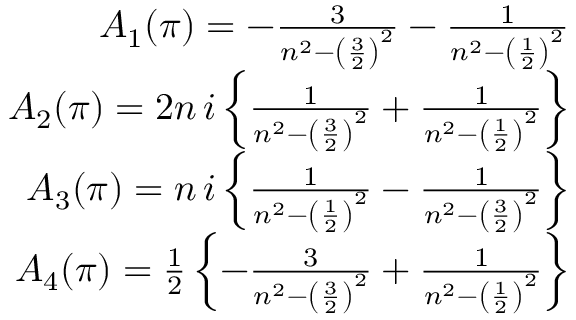
\begin{array} { r l r } & { } & { A _ { 1 } ( \pi ) = - { \frac { 3 } { n ^ { 2 } - \left( { \frac { 3 } { 2 } } \right) ^ { 2 } } } - { \frac { 1 } { n ^ { 2 } - \left( { \frac { 1 } { 2 } } \right) ^ { 2 } } } } \\ & { } & { A _ { 2 } ( \pi ) = 2 n \, i \left\{ { \frac { 1 } { n ^ { 2 } - \left( { \frac { 3 } { 2 } } \right) ^ { 2 } } } + { \frac { 1 } { n ^ { 2 } - \left( { \frac { 1 } { 2 } } \right) ^ { 2 } } } \right\} } \\ & { } & { A _ { 3 } ( \pi ) = n \, i \left\{ { \frac { 1 } { n ^ { 2 } - \left( { \frac { 1 } { 2 } } \right) ^ { 2 } } } - { \frac { 1 } { n ^ { 2 } - \left( { \frac { 3 } { 2 } } \right) ^ { 2 } } } \right\} } \\ & { } & { A _ { 4 } ( \pi ) = { \frac { 1 } { 2 } } \left\{ - { \frac { 3 } { n ^ { 2 } - \left( { \frac { 3 } { 2 } } \right) ^ { 2 } } } + { \frac { 1 } { n ^ { 2 } - \left( { \frac { 1 } { 2 } } \right) ^ { 2 } } } \right\} } \end{array}